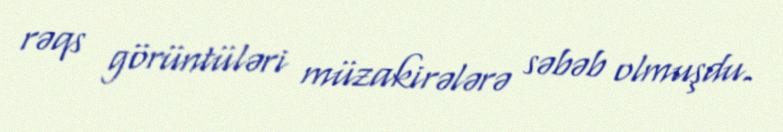
rəqs görüntüləri müzakirələrə səbəb olmuşdu.